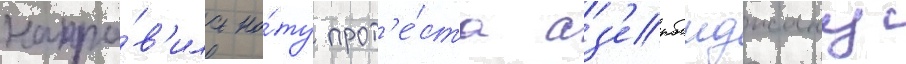
напра́в'ила но́ту прот'е́ста аз'ербаиджану